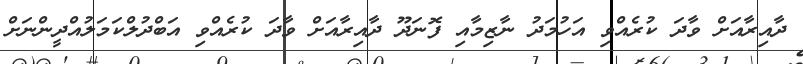
ދާއިރާއަށް ވާދަ ކުރެއްވި އަހުމަދު ނާޒިމާއި ފޮނަދޫ ދާއިރާއަށް ވާދަ ކުރެއްވި އަބްދުލްކަމަލުއްދީންނަށް